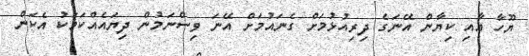
ޔޫހާ އާއި ކިޔާން އޭނަގެ ދިރިއުޅުމަށް ގެނައުމަށް އޭނަ ވިސްނަމުން ދިޔައެއްކަމަކު އެކަން